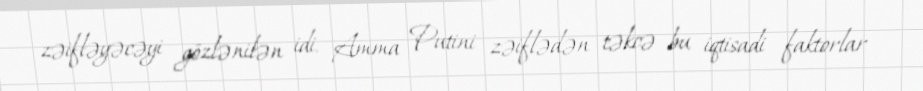
zəifləyəcəyi gözlənilən idi. Amma Putini zəiflədən təkcə bu iqtisadi faktorlar